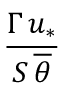
\frac { \Gamma \, u _ { * } } { S \, \overline { { \theta } } }